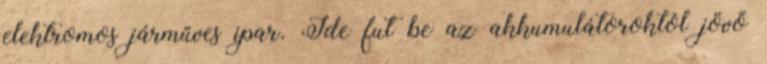
elektromos járműves ipar. Ide fut be az akkumulátoroktól jövő